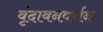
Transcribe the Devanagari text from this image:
वृंदावनवर्णन